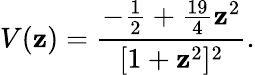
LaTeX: V(\mathbf{z})=\frac{{-\frac{{1}}{{2}}+\frac{{19}}{{4}}\mathbf{z}^{2}}}{{[1+\mathbf{z}^{2}]^{2}}}.